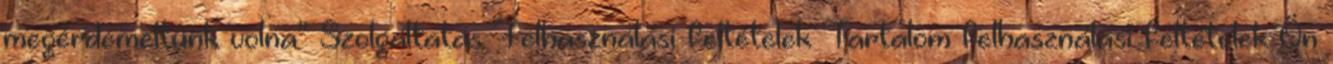
megérdemeltünk volna” Szolgáltatás Felhasználási feltételek Tartalom felhasználási feltételek Ön